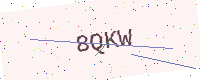
Text: 8QKW